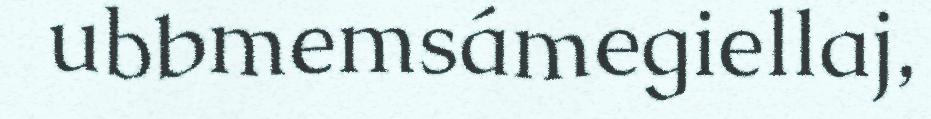
ubbmemsámegiellaj,